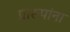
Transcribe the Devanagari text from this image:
प्रारूपांना